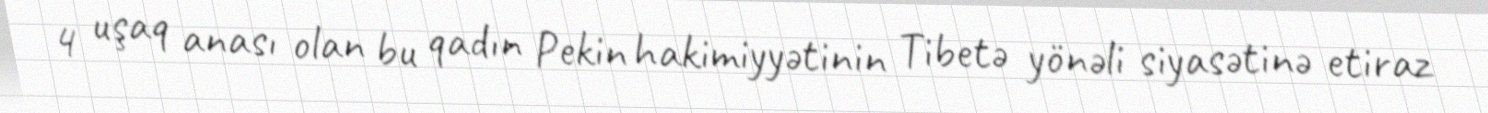
4 uşaq anası olan bu qadın Pekin hakimiyyətinin Tibetə yönəli siyasətinə etiraz